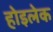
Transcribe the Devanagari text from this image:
होइलेक